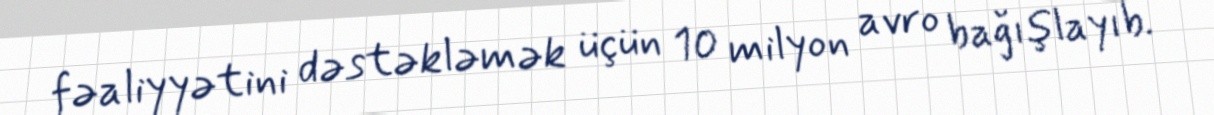
fəaliyyətini dəstəkləmək üçün 10 milyon avro bağışlayıb.